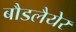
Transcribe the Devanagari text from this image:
बौडलैयेर